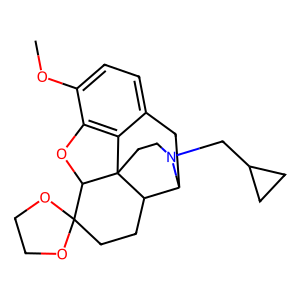
SMILES: COc1ccc2c3c1OC1C4(CCC5C(C2)N(CC2CC2)CCC351)OCCO4
Inhibits HIV replication: No